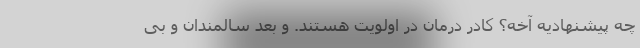
چه پیشنهادیه آخه؟ کادر درمان در اولویت هستند. و بعد سالمندان و بی